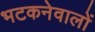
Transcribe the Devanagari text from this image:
भटकनेवालों